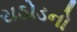
રાઠોડનો